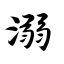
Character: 溺